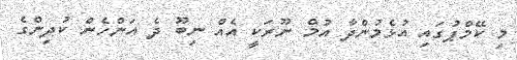
މި ކޭމްޕުގައި އުޅެމުންދާ އުމް ނޫރަކީ އެއް ނިބޫ ދެ އަންހެން ކުދިންގެ